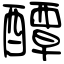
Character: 醰